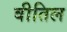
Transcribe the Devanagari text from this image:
वीतिल